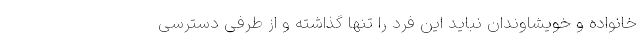
خانواده و خویشاوندان نباید این فرد را تنها گذاشته و از طرفی دسترسی